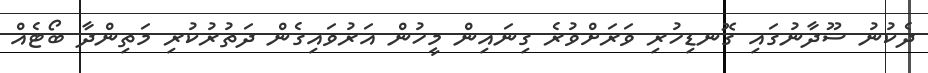
ދެކުނު ސޫދާނުގައި ގޮނޑިހުރި ވަރަށްވުރެ ގިނައިން މީހުން އަރުވައިގެން ދަތުރުކުރި މަތިންދާ ބޯޓެއް